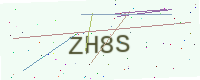
Text: ZH8S